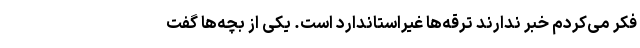
فکر می‌کردم خبر ندارند ترقه‌ها غیراستاندارد است. یکی از بچه‌ها گفت